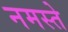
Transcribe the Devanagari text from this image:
नमस्‍ते